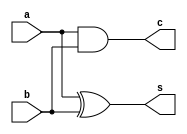
`timescale 1ns / 1ps

module behavioural_halfadder(
c,s,a,b);
input a,b;
output c,s;
reg c,s;

always@(*)
	begin
	s=a^b;
	c=a&b;
	end
endmodule